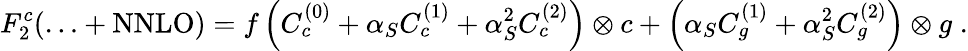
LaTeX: F_{2}^{c}(\ldots+\mathrm{NNLO})=f\left(C_{c}^{(0)}+\alpha_{S}C_{c}^{(1)}+\alpha_{S}^{2}C_{c}^{(2)}\right)\otimes c+\left(\alpha_{S}C_{g}^{(1)}+\alpha_{S}^{2}C_{g}^{(2)}\right)\otimes g\; .